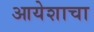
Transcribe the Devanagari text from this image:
आयेशाचा